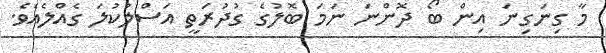
މާ ގިނަގިނަ އިން ބޯ ދޮންނަ ނަމަ ބޮލުގެ ގުދުރަތީ އަސްލުކުލަ ގެއްލެއެވެ.